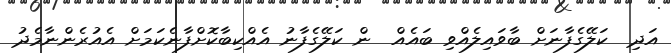
އަދި  ކަލޭގެފާނަށް ބާވައިލެއްވި ބައެއް  ން ކަލޭގެފާނު އެއްކިބާކޮށްފާނެކަމަށް އެއުރެންނާމެދު